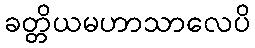
ခတ္တိယမဟာသာလေပိ